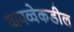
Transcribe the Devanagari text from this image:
वायव्वेकडील